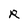
Character: R